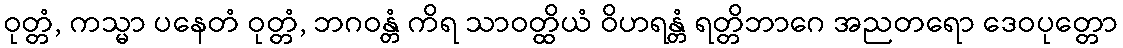
ဝုတ္တံ, ကသ္မာ ပနေတံ ဝုတ္တံ, ဘဂဝန္တံ ကိရ သာဝတ္ထိယံ ဝိဟရန္တံ ရတ္တိဘာဂေ အညတရော ဒေဝပုတ္တော